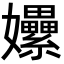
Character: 𡤯